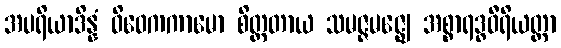
အပရိယာဒိန္နံ ဝိဝေကကာမော စိတ္တတာယ သမဇ္ဇမဇ္ဈေ အစ္စာရဒ္ဓဝီရိယတ္တာ